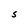
Character: S